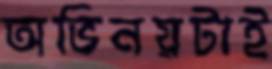
অভিনয়টাই